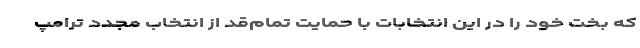
که بخت خود را در این انتخابات با حمایت تمام‌قد از انتخاب مجدد ترامپ